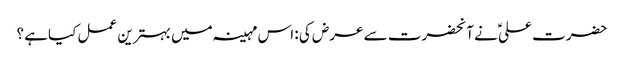
حضرت علیؑ نے آنحضرت سے عرض کی : اس مہینہ میں بہترین عمل کیاہے ؟